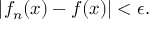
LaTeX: | f _ { n } ( x ) - f ( x ) | < \epsilon .